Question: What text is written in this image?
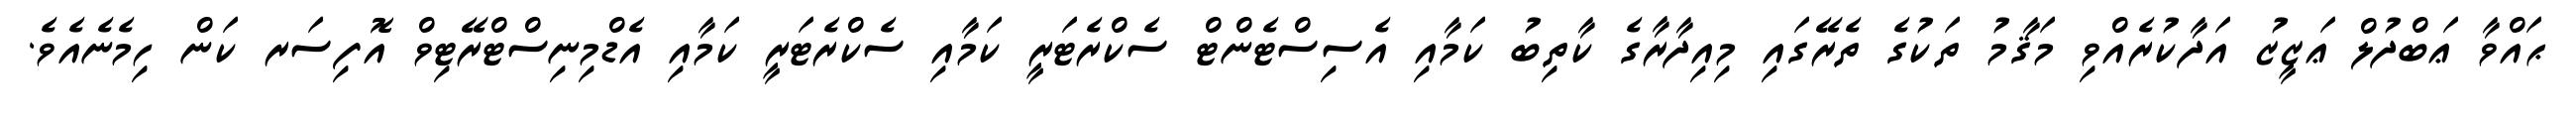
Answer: ޙައްވާ ޢަބްދުލް ޢަޒީޒު އަދާކުރެއްވި މަޤާމު ތަކުގެ ތެރޭގައި މިއިދާރާގެ ކާތިބު ކަމާއި އެސިސްޓެންޓް ސެކްރެޓަރީ ކަމާއި ސެކްރެޓަރީ ކަމާއި އެޑްމިނިސްޓްރޭޓިވް އޮފިސަރ ކަން ހިމެނެއެވެ.